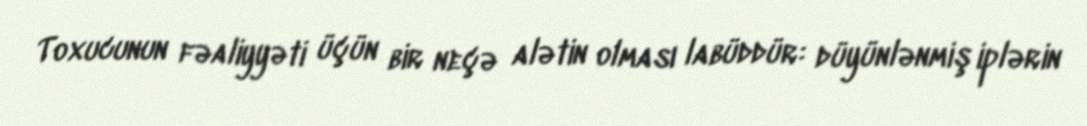
Toxucunun fəaliyyəti üçün bir neçə alətin olması labüddür: düyünlənmiş iplərin